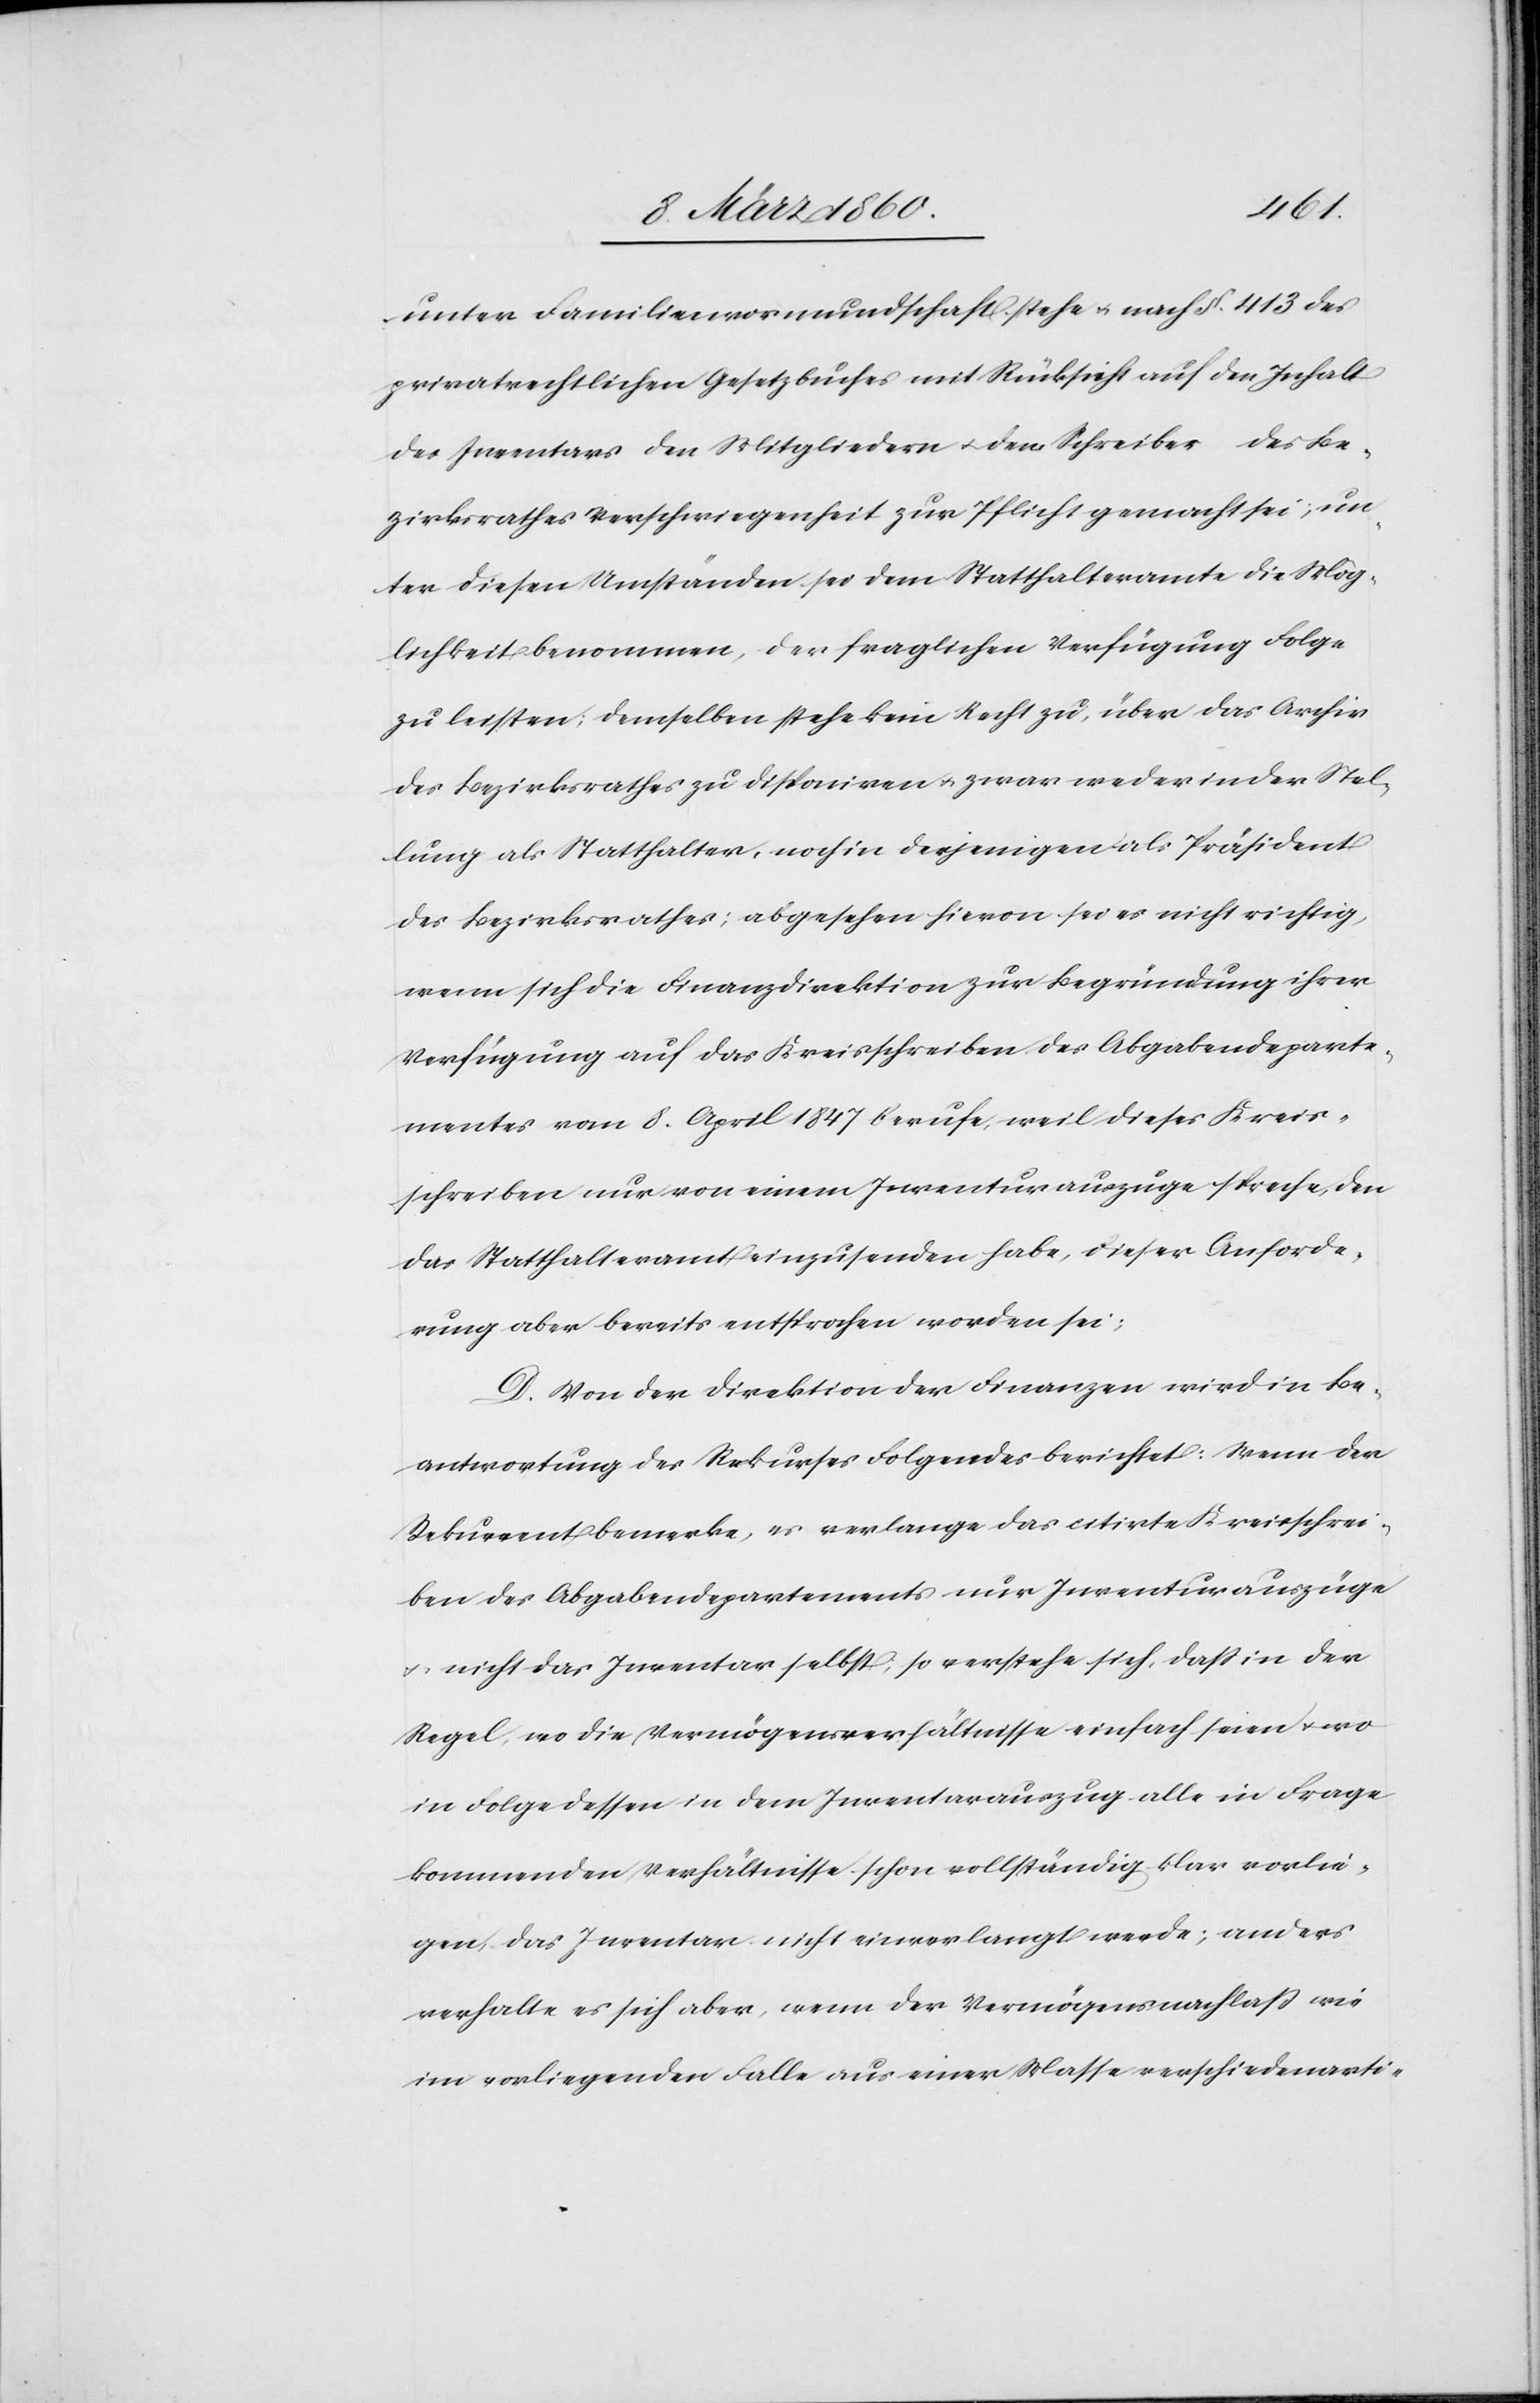
unter Familienvormundschaft stehe u. nach §. 413. des
privatrechtlichen Gesetzbuches mit Rücksicht auf den Inhalt
des Inventars den Mitgliedern u. dem Schreiber des Be¬
zirksrathes Verschwiegenheit zur Pflicht gemacht sei; un¬
ter diesen Umständen sei dem Statthalteramte die Mög¬
lichkeit benommen, der fraglichen Verfügung Folge
zu leisten; demselben stehe kein Recht zu, über das Archiv
des Bezirksrathe zu disponiren u. zwar weder in der Stel¬
lung als Statthalter, noch in derjenigen als Präsident
des Bezirksrathes; abgesehen hievon sei es nicht richtig,
wenn sich die Finanzdirektion zur Begründung ihrer
Verfügung auf das Kreisschreiben des Abgabendeparte¬
mentes vom 8. April 1847 berufe, weil dieses Kreis¬
schreiben nur von einem Inventurauszuge spreche, den
das Statthalteramt einzusenden habe, dieser Anforde¬
rung aber bereits entsprochen worden sei;
D. Von der Direktion der Finanzen wird in Be¬
antwortung des Rekurses Folgendes berichtet: Wenn der
Rekurrent bemerke, es verlange das citirte Kreisschrei¬
ben des Abgabendepartements nur Inventurauszüge
u. nicht das Inventar selbst, so verstehe sich, dass in der
Regel, wo die Vermögensverhältnisse einfach seien u. wo
in Folge dessen in dem Inventarauszug alle in Frage
kommenden Verhältnisse schon vollständig klar vorlie¬
gen, das Inventar nicht einverlangt werde; anders
erhalte es sich aber, wenn der Vermögensnachlass wie
im vorliegenden Falle aus einer Masse verschiedenarti-